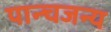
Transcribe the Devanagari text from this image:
पान्चजन्य